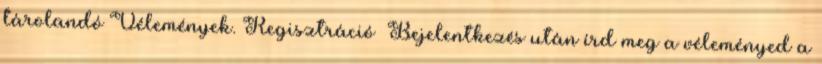
tárolandó Vélemények. Regisztráció Bejelentkezés után írd meg a véleményed a